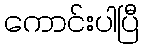
ကောင်းပါပြီ